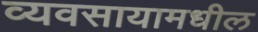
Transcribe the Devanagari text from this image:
व्यवसायामधील